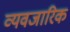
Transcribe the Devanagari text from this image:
व्यवजारिक